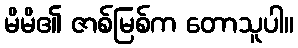
မိမိ၏ ဇာစ်မြစ်က တောသူပါ။